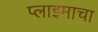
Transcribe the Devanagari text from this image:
प्लाझ्माचा